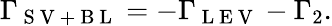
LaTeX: \Gamma_{\mathrm{~S~V~+~B~L~}}=-\Gamma_{\mathrm{~L~E~V~}}-\Gamma_{2}.